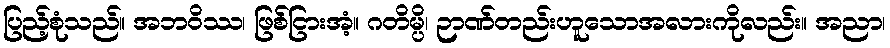
ပြည့်စုံသည်။ အဘဝိဿ၊ ဖြစ်ငြားအံ့။ ဂတိမ္ပိ၊ ဉာဏ်တည်းဟူသောအလားကိုလည်း။ အညာ၊